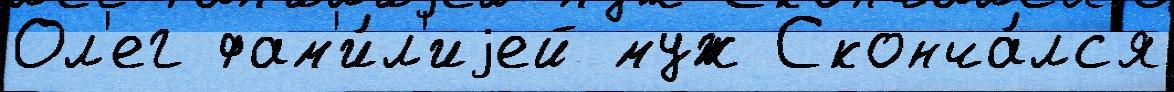
Ол'ег фам'и́л'иjей муж Сконча́лс'я